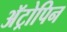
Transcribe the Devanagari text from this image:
अॅट्रोपिन